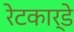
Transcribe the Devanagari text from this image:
रेटकार्डे